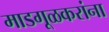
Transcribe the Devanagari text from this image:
माडगूळकरांना